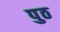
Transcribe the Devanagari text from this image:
पुठ